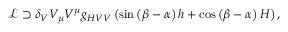
\mathcal { L } \supset \delta _ { V } V _ { \mu } V ^ { \mu } g _ { H V V } \left( \sin \left( \beta - \alpha \right) h + \cos \left( \beta - \alpha \right) H \right) ,